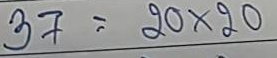
37 = 20 x 20